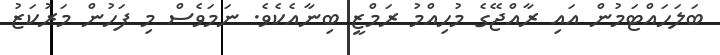
ބަލަހައްޓަމުން އައި ރާއްޖޭގެ މުހިއްމު ރަމްޒީ ބިނާއެކެވެ. ނަމަވެސް މި ފަހުން މަރުކަޒު